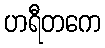
ဟရီတကေ